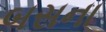
બસના